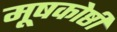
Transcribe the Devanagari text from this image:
मूषकोष्ठी